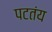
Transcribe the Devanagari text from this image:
पटतंय